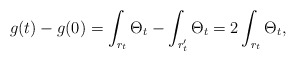
\begin{align*}g(t)-g(0)= \int_{r_t}\Theta_t- \int_{r'_t}\Theta_t=2\int_{r_t}\Theta_t,\end{align*}